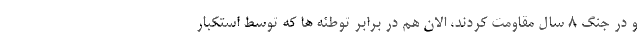
و در جنگ ۸ سال مقاومت کردند، الان هم در برابر توطئه ها که توسط استکبار